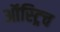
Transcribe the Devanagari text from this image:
ऑस्ट्रिच